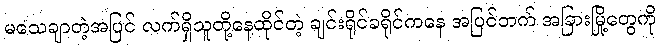
မသေချာတဲ့အပြင် လက်ရှိသူတို့နေထိုင်တဲ့ ချင်းရိုင်ခရိုင်ကနေ အပြင်ဘက် အခြားမြို့တွေကို